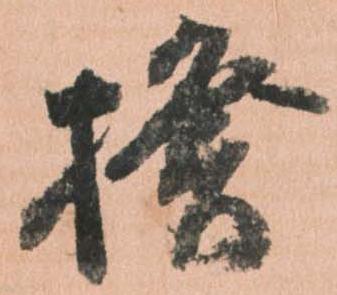
揆